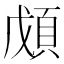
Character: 𩒃